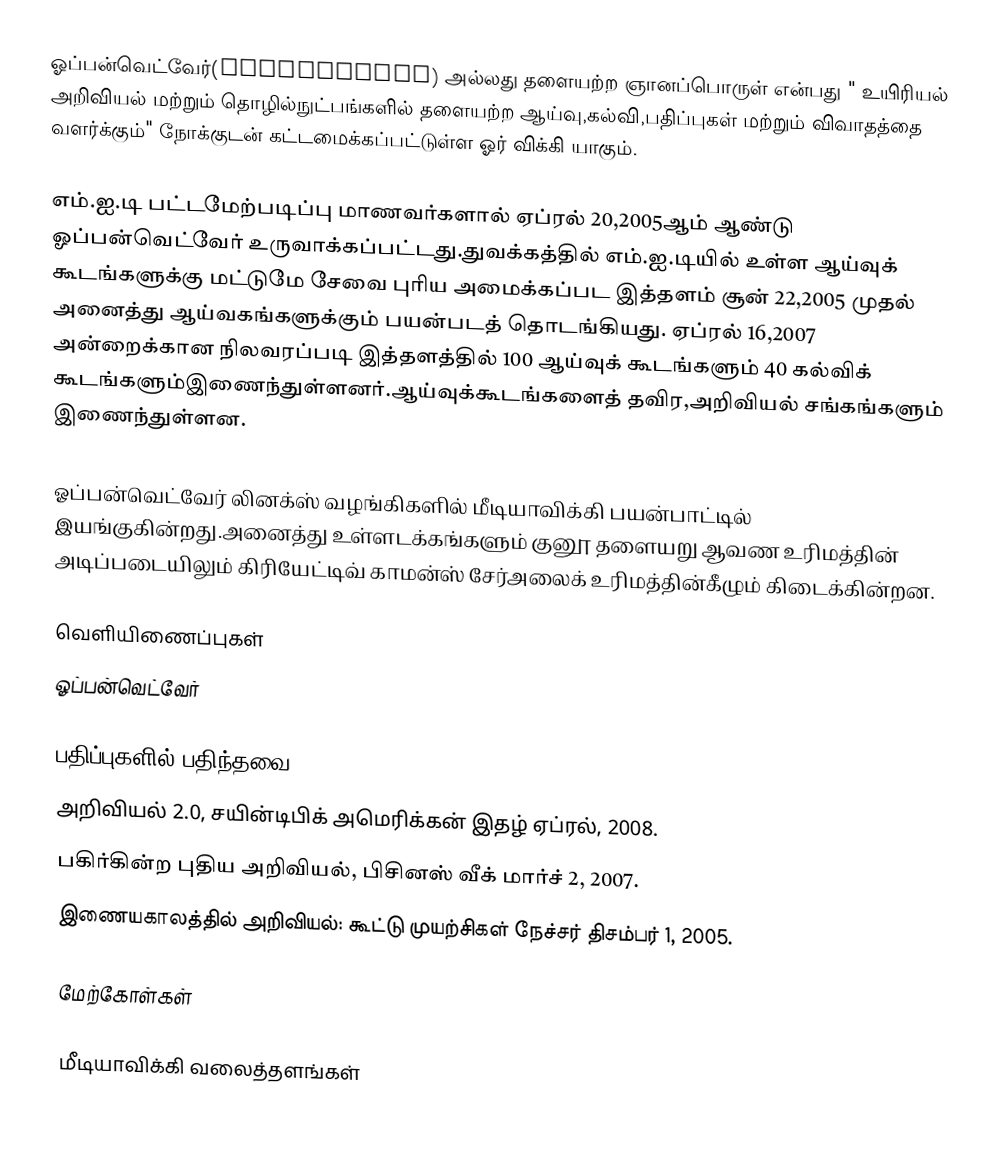
ஓப்பன்வெட்வேர்(OpenWetWare) அல்லது தளையற்ற ஞானப்பொருள் என்பது " உயிரியல் அறிவியல் மற்றும் தொழில்நுட்பங்களில் தளையற்ற ஆய்வு,கல்வி,பதிப்புகள் மற்றும் விவாதத்தை வளர்க்கும்"  நோக்குடன் கட்டமைக்கப்பட்டுள்ள ஓர் விக்கி யாகும்.

எம்.ஐ.டி பட்டமேற்படிப்பு மாணவர்களால் ஏப்ரல் 20,2005ஆம் ஆண்டு ஓப்பன்வெட்வேர் உருவாக்கப்பட்டது.துவக்கத்தில் எம்.ஐ.டியில் உள்ள ஆய்வுக் கூடங்களுக்கு மட்டுமே சேவை புரிய அமைக்கப்பட இத்தளம் சூன் 22,2005 முதல் அனைத்து ஆய்வகங்களுக்கும் பயன்படத் தொடங்கியது. ஏப்ரல் 16,2007 அன்றைக்கான நிலவரப்படி இத்தளத்தில் 100 ஆய்வுக் கூடங்களும் 40 கல்விக் கூடங்களும்இணைந்துள்ளனர்.ஆய்வுக்கூடங்களைத் தவிர,அறிவியல் சங்கங்களும் இணைந்துள்ளன.

ஓப்பன்வெட்வேர் லினக்ஸ் வழங்கிகளில் மீடியாவிக்கி பயன்பாட்டில் இயங்குகின்றது.அனைத்து உள்ளடக்கங்களும் குனூ தளையறு ஆவண உரிமத்தின் அடிப்படையிலும் கிரியேட்டிவ் காமன்ஸ் சேர்அலைக் உரிமத்தின்கீழும் கிடைக்கின்றன.

வெளியிணைப்புகள்
ஓப்பன்வெட்வேர்

பதிப்புகளில் பதிந்தவை
அறிவியல் 2.0, சயின்டிபிக் அமெரிக்கன் இதழ் ஏப்ரல், 2008.
பகிர்கின்ற புதிய அறிவியல், பிசினஸ் வீக் மார்ச் 2, 2007.
இணையகாலத்தில் அறிவியல்: கூட்டு முயற்சிகள் நேச்சர் திசம்பர் 1, 2005.

மேற்கோள்கள்

மீடியாவிக்கி வலைத்தளங்கள்